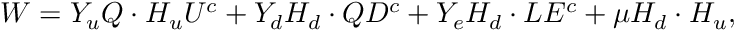
W = Y _ { u } Q \cdot H _ { u } U ^ { c } + Y _ { d } H _ { d } \cdot Q D ^ { c } + Y _ { e } H _ { d } \cdot L E ^ { c } + \mu H _ { d } \cdot H _ { u } ,